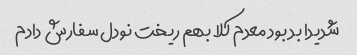
شدیدا بد بود معدم کلا بهم ریخت نودل سفارش دادم